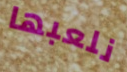
نلعبها